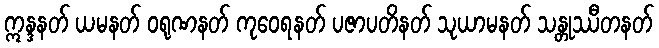
ဣန္ဒနတ် ယမနတ် ဝရုဏနတ် ကုဝေရနတ် ပဇာပတိနတ် သုယာမနတ် သန္တုဿီတနတ်